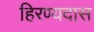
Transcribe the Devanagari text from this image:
हिरण्यदास